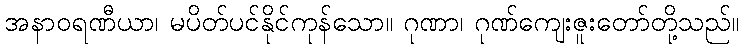
အနာဝရဏီယာ၊ မပိတ်ပင်နိုင်ကုန်သော။ ဂုဏာ၊ ဂုဏ်ကျေးဇူးတော်တို့သည်။